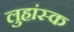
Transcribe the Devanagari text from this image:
लुहांस्क